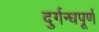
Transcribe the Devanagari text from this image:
दुर्गन्धपूर्ण